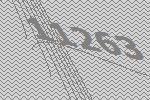
11263